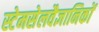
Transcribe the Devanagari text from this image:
स्टेमसेलवैज्ञानिकों